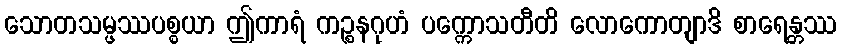
သောတသမ္ဖဿပစ္စယာ ဤကာရံ ကဉ္စနဂုဟံ ပက္ကောသတီတိ လောကောတျာဒိ စာရေန္တဿ